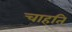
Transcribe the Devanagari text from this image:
चाहति